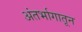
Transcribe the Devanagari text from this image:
अंतर्भागातून